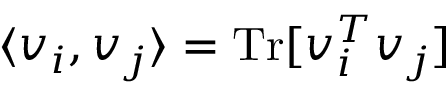
\langle v _ { i } , v _ { j } \rangle = \mathrm { T r } [ v _ { i } ^ { T } v _ { j } ]